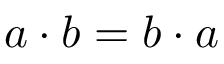
a \cdot b = b \cdot a